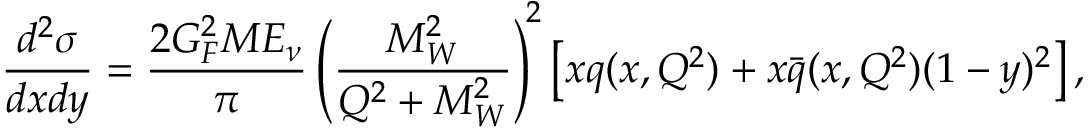
\frac { d ^ { 2 } \sigma } { d x d y } = \frac { 2 G _ { F } ^ { 2 } M E _ { \nu } } { \pi } \left( \frac { M _ { W } ^ { 2 } } { Q ^ { 2 } + M _ { W } ^ { 2 } } \right) ^ { \! 2 } \left[ x q ( x , Q ^ { 2 } ) + x \bar { q } ( x , Q ^ { 2 } ) ( 1 - y ) ^ { 2 } \right] ,